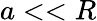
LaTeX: a<<R